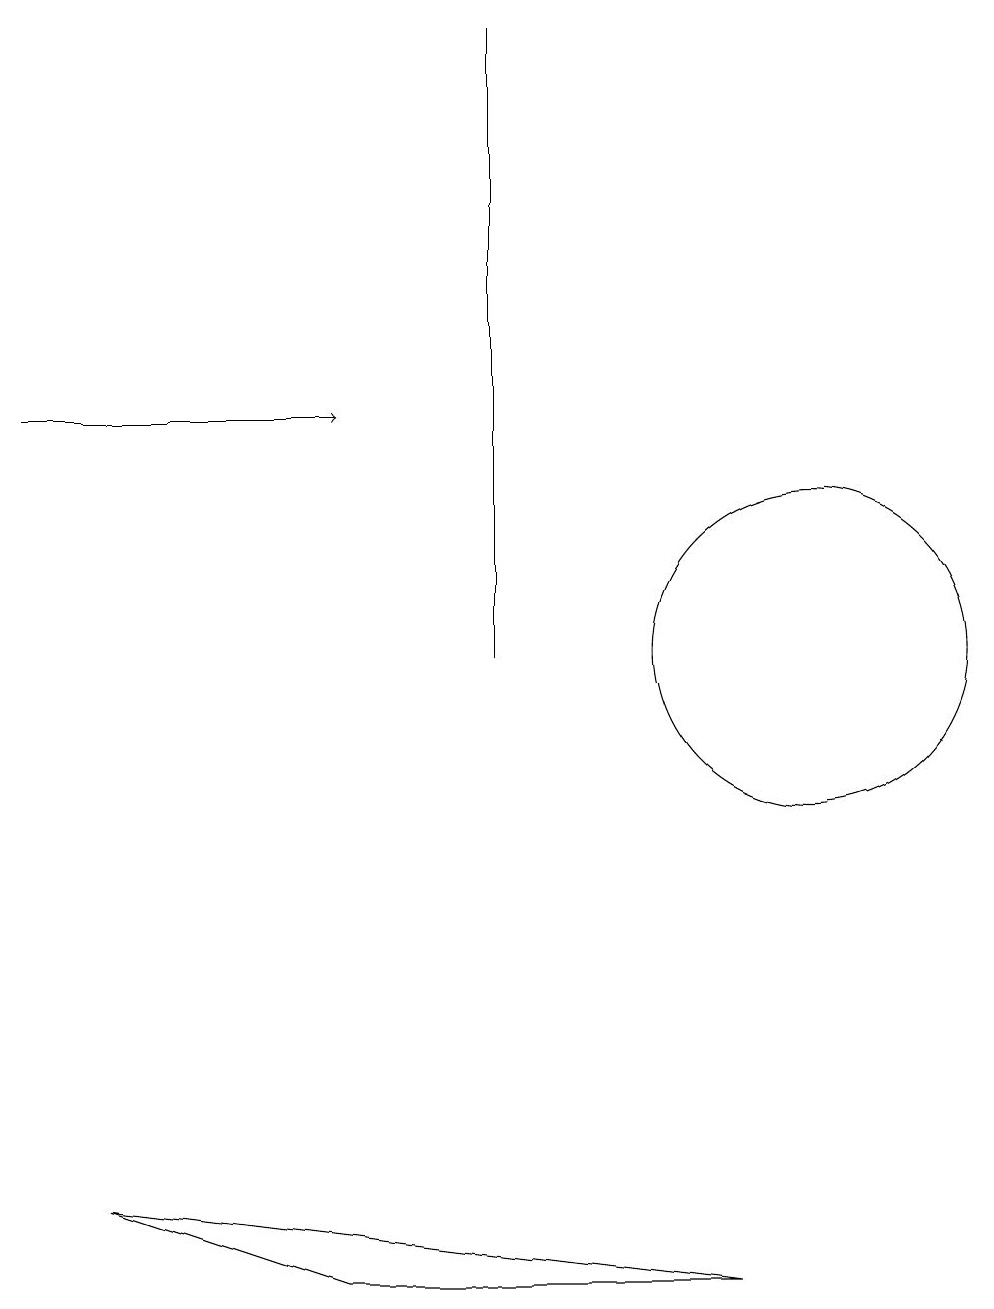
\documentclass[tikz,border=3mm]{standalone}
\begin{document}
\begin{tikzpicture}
\draw (6,10) rectangle (6,18);
\draw[->] (0,13) -- (4,13);
\draw (9,2) -- (1,3) -- (4,2) -- cycle;
\draw (10,10) circle (2);
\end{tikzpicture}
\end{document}